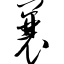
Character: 曩